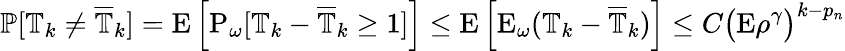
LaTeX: \mathbb{P}[\mathbb{T}_{k}\neq\overline{\mathbb{T}}_{k}]=\mathrm{E}\left[\mathrm{P}_{\omega}[\mathbb{T}_{k}-\overline{\mathbb{T}}_{k}\geq 1]\right]\leq\mathrm{E}\left[\mathrm{E}_{\omega}(\mathbb{T}_{k}-\overline{\mathbb{T}}_{k})\right]\leq C\big(\mathrm{E}\rho^{\gamma}\big)^{k-p_{n}}